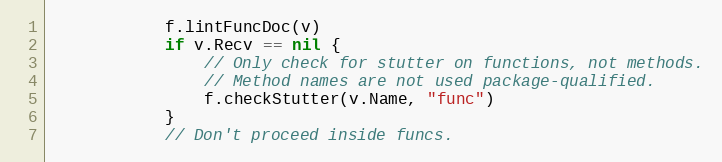
Language: Go
			f.lintFuncDoc(v)
			if v.Recv == nil {
				// Only check for stutter on functions, not methods.
				// Method names are not used package-qualified.
				f.checkStutter(v.Name, "func")
			}
			// Don't proceed inside funcs.